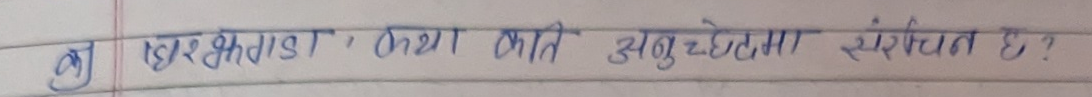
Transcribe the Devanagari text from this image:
कुन धरकताडा कुन काति अनुच्छेदा संर्चात छ ?